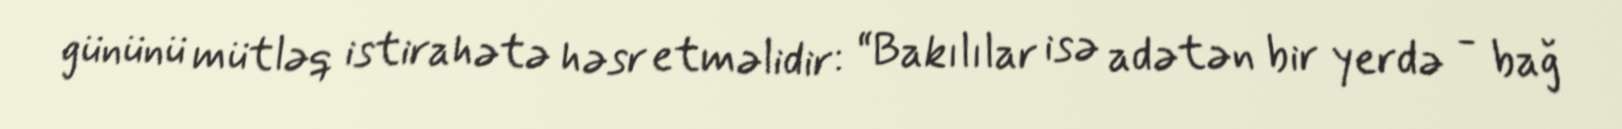
gününü mütləq istirahətə həsr etməlidir: “Bakılılar isə adətən bir yerdə - bağ